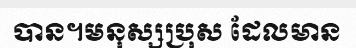
បាន។មនុស្សប្រុស ដែលមាន